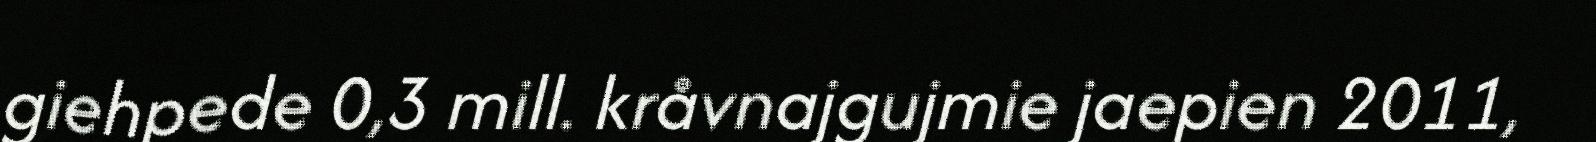
giehpede 0,3 mill. kråvnajgujmie jaepien 2011,